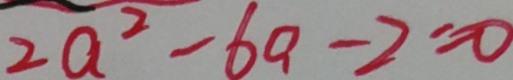
2 a ^ { 2 } - 6 a - 2 = 0